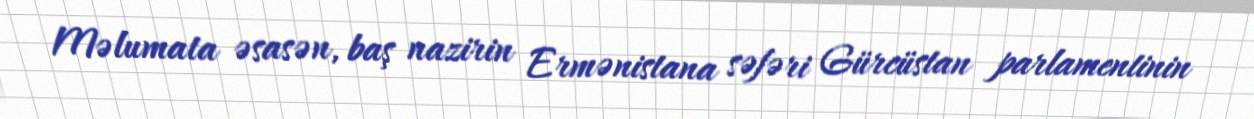
Məlumata əsasən, baş nazirin Ermənistana səfəri Gürcüstan parlamentinin